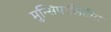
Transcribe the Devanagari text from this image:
मुन्सिपालिटीत